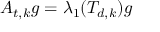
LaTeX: A _ { t , k } g = \lambda _ { 1 } ( T _ { d , k } ) g